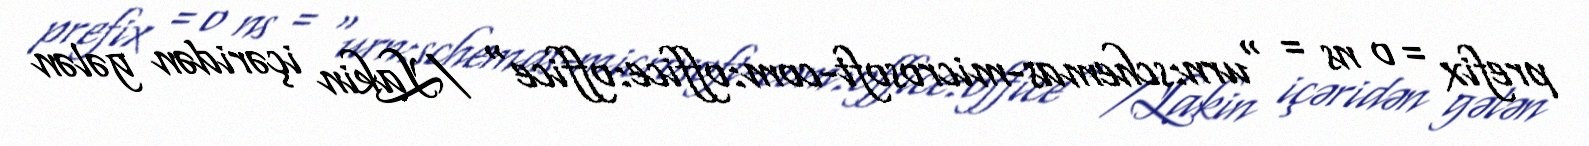
prefix = o ns = "urn:schemas-microsoft-com:office:office" /Lakin içəridən gələn